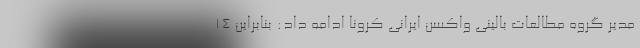
مدیر گروه مطالعات بالینی واکسن ایرانی کرونا ادامه داد: بنابراین ۱۴